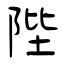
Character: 陛